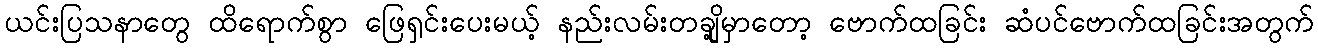
ယင်းပြသနာတွေ ထိရောက်စွာ ဖြေရှင်းပေးမယ့် နည်းလမ်းတချို့မှာတော့ ဗောက်ထခြင်း ဆံပင်ဗောက်ထခြင်းအတွက်